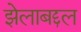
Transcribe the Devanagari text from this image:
झेलाबद्दल